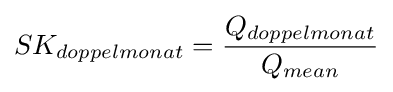
SK_{doppelmonat}={Q_{doppelmonat} \over {Q_{mean}}}